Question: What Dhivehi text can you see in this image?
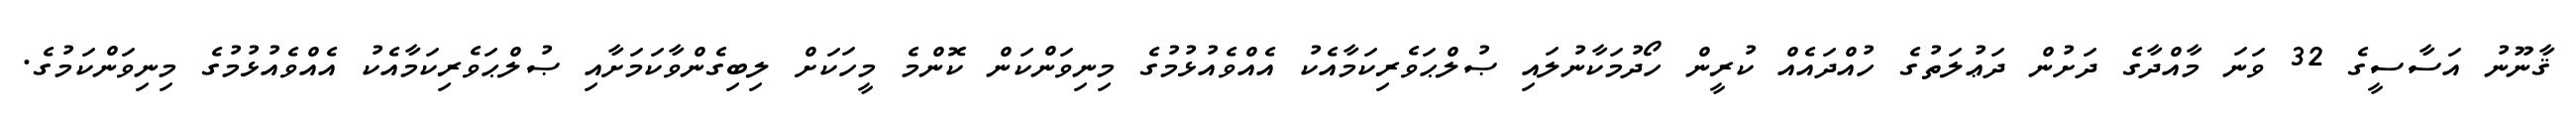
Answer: ޤާނޫނު އަސާސީގެ 32 ވަނަ މާއްދާގެ ދަށުން ދަޢުލަތުގެ ހުއްދައެއް ކުރީން ހޯދުމަކާނުލައި ޞުލްޙަވެރިކަމާއެކު އެއްވެއުޅުމުގެ މިނިވަންކަން ކޮންމެ މީހަކަށް ލިބިގެންވާކަމަށާއި ޞުލްޙަވެރިކަމާއެކު އެއްވެއުޅުމުގެ މިނިވަންކަމުގެ.